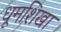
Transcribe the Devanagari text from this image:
धूमशिखा